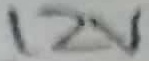
Text: 12V